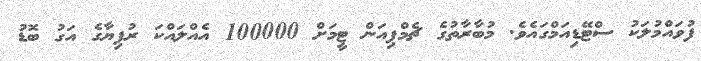
ފުވައްމުލަކު ސްޓޭޑިއަމްގައެވެ. މުބާރާތުގެ ޗެމްޕިއަން ޓީމަށް 100000 އެއްލައްކަ ރުފިޔާގެ އަގު ބޮޑު